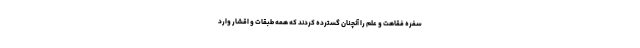
سفره فقاهت و علم را آنچنان گسترده کردند که همه طبقات و اقشار وارد